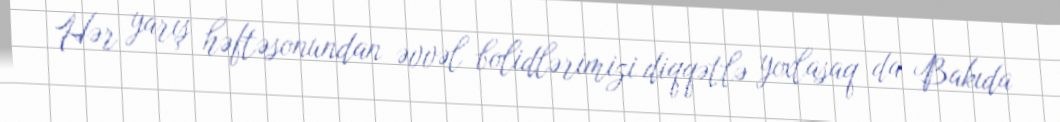
Hər yarış həftəsonundan əvvəl bolidlərimizi diqqətlə yoxlasaq da Bakıda